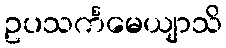
ဥပသင်္ကမေယျာသိ